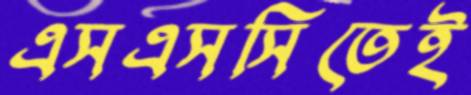
এসএসসিতেই